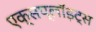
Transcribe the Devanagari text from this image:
एक्सप्लॉइट्स